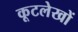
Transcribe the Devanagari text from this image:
कूटलेखों